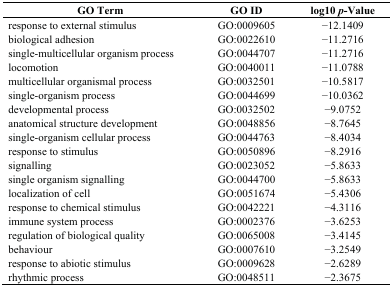
<table><thead><tr><td><b>GO Term</b></td><td><b>GO ID</b></td><td><b>log10 <i>p</i>-Value</b></td></tr></thead><tbody><tr><td>response to external stimulus</td><td>GO:0009605</td><td>−12.1409</td></tr><tr><td>biological adhesion</td><td>GO:0022610</td><td>−11.2716</td></tr><tr><td>single-multicellular organism process</td><td>GO:0044707</td><td>−11.2716</td></tr><tr><td>locomotion</td><td>GO:0040011</td><td>−11.0788</td></tr><tr><td>multicellular organismal process</td><td>GO:0032501</td><td>−10.5817</td></tr><tr><td>single-organism process</td><td>GO:0044699</td><td>−10.0362</td></tr><tr><td>developmental process</td><td>GO:0032502</td><td>−9.0752</td></tr><tr><td>anatomical structure development</td><td>GO:0048856</td><td>−8.7645</td></tr><tr><td>single-organism cellular process</td><td>GO:0044763</td><td>−8.4034</td></tr><tr><td>response to stimulus</td><td>GO:0050896</td><td>−8.2916</td></tr><tr><td>signalling</td><td>GO:0023052</td><td>−5.8633</td></tr><tr><td>single organism signalling</td><td>GO:0044700</td><td>−5.8633</td></tr><tr><td>localization of cell</td><td>GO:0051674</td><td>−5.4306</td></tr><tr><td>response to chemical stimulus</td><td>GO:0042221</td><td>−4.3116</td></tr><tr><td>immune system process</td><td>GO:0002376</td><td>−3.6253</td></tr><tr><td>regulation of biological quality</td><td>GO:0065008</td><td>−3.4145</td></tr><tr><td>behaviour</td><td>GO:0007610</td><td>−3.2549</td></tr><tr><td>response to abiotic stimulus</td><td>GO:0009628</td><td>−2.6289</td></tr><tr><td>rhythmic process</td><td>GO:0048511</td><td>−2.3675</td></tr></tbody></table>